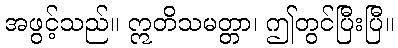
အဖွင့်သည်။ ဣတိသမတ္တာ၊ ဤတွင်ပြီးပြီ။